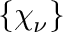
\left\{ \chi _ { \nu } \right\}